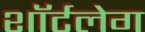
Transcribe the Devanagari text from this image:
शॉर्टलेग